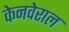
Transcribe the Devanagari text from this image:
केनवेराल